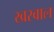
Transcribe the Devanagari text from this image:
खरवाल